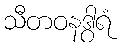
သီတဝနဒွါရံ